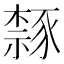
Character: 𫎉